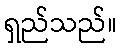
ရှည်သည်။